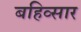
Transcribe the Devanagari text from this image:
बहिव्सार